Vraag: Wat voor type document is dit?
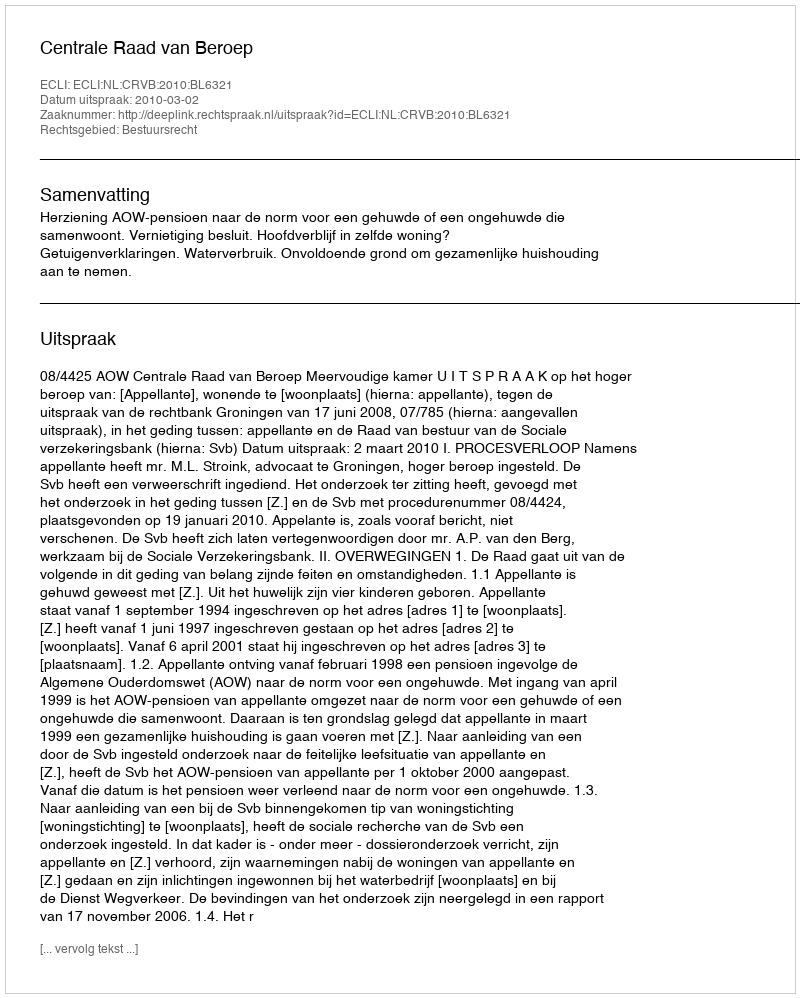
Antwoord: Uitspraak